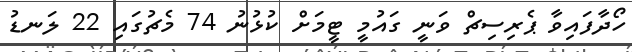
ހޯދާފައިވާ ޕެރިސިޗް ވަނީ ގައުމީ ޓީމަށް ކުޅުނު 74 މެޗުގައި 22 ލަނޑު